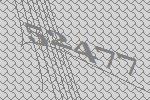
52477